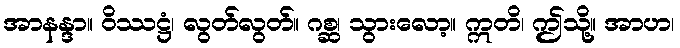
အာနန္ဒာ။ ဝိဿဋ္ဌံ၊ လွတ်လွတ်။ ဂစ္ဆ၊ သွားလော့။ ဣတိ၊ ဤသို့။ အာဟ၊